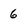
Character: 6